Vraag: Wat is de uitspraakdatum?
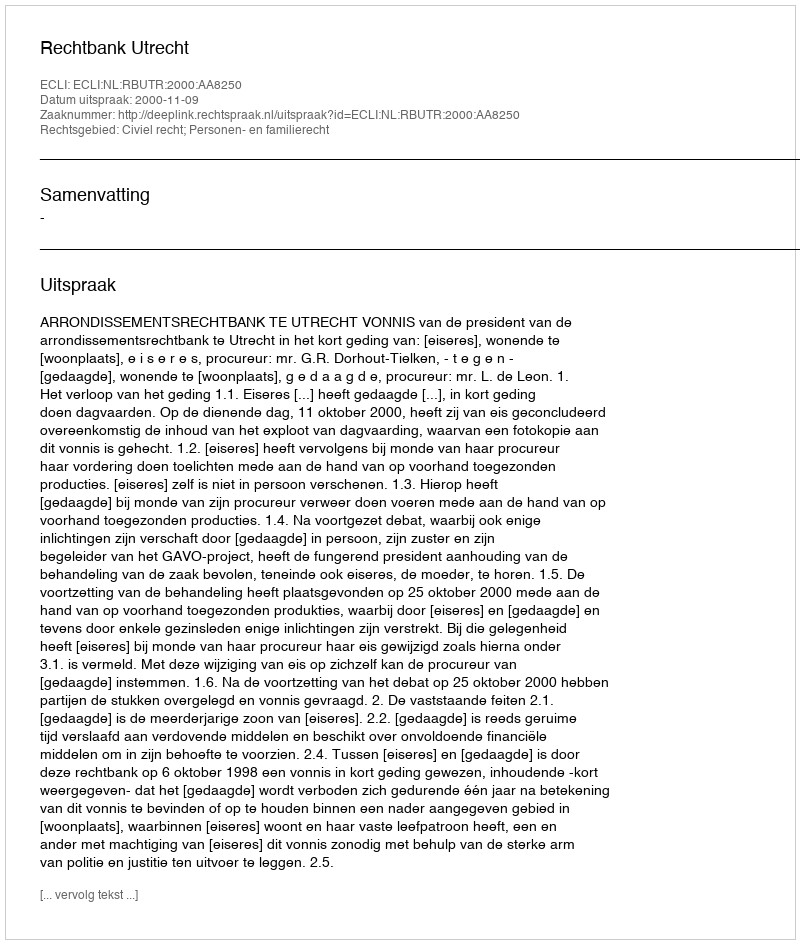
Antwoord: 2000-11-09